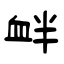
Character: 衅